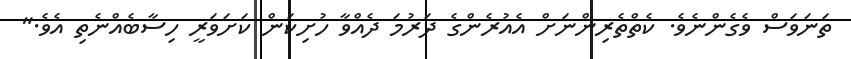
ތަނަވަސް ވެގެންނެވެ. ކެތްތެރިންނަށް އެއުރެންގެ ދަރުމަ ދެއްވާ ހުށިކަން ކަށަވަރީ ހިސާބެއްނެތި އެވެ."